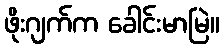
ဖိုးဂျက်က ခေါင်းမာမြဲ။